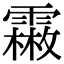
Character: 𩅤